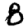
Digit: 8